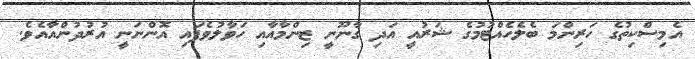
އެމިސްކިތުގެ ހަރިންމަ ބެލެހެއްޓުމުގެ ޝަރުއީ އަދި ގާނޫނީ ޒިންމާއާއި ހަވާލުވެފައި އޮންނަނީ އުރުދުންއާއެވެ.